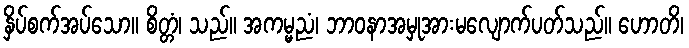
နှိပ်စက်အပ်သော။ စိတ္တံ၊ သည်။ အကမ္မညံ၊ ဘာဝနာအမှုအားမလျောက်ပတ်သည်။ ဟောတိ၊